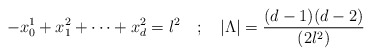
\begin{align*}-x_0^1 + x_1^2 + \cdots + x_d^2 = l^2 ~~~;~~~ |\Lambda| = {(d-1)(d-2) \over (2l^2)}\end{align*}